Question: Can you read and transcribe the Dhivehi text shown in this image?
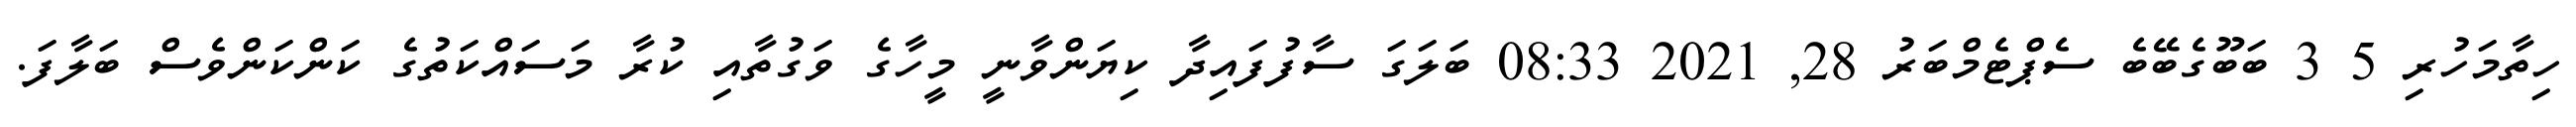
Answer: ހިތާމަހުރި 5 3 ބަބޫގެބޭބެ ސެޕްޓެމްބަރު 28, 2021 08:33 ބަލަގަ ސާފުފައިދާ ކިޔަންވާނީ މީހާގެ ވަގުތާއި ކުރާ މަސައްކަތުގެ ކަންކަންވެސް ބަލާފަ.